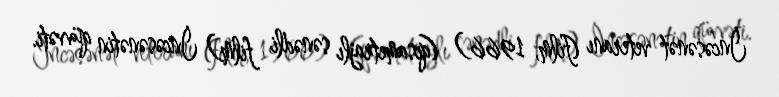
İncəsənət veteranı (film, 1966) (qısametrajlı sənədli film) İncəsənətin qüvvəti.